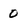
Character: 0